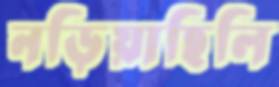
নড়িয়াছিলি